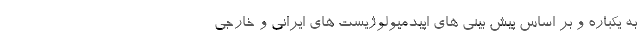
به یکباره و بر اساس پیش بینی های اپیدمیولوژیست های ایرانی و خارجی